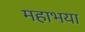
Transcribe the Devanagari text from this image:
महाभया